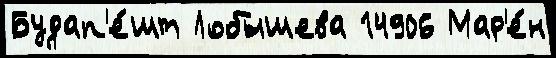
Будап'е́шт Лобышева 14906 Мар'е́н